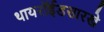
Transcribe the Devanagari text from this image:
थायरॉईडसारखे